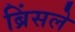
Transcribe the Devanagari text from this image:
ब्रिंसले